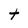
Character: t